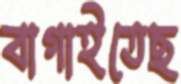
বাগাইতেছ